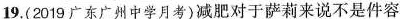
19.(2019广东广州中学月考)减肥对于萨莉来说不是件容